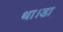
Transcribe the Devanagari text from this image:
था।डा